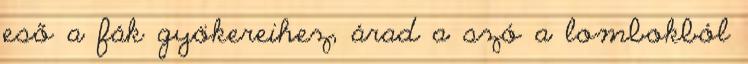
eső a fák gyökereihez, árad a szó a lombokból